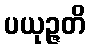
ပယုဉ္ဇတိ